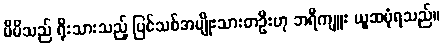
မိမိသည် ရိုးသားသည့် ပြင်သစ်အမျိုးသားတဦးဟု ဘရီကျူး ယူဆပုံရသည်။